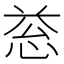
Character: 𢚱